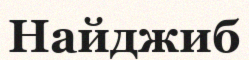
Найджиб